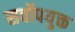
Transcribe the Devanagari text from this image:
सर्वोपयुक्त